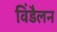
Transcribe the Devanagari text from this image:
विंडैलन